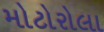
મોટોરોલા